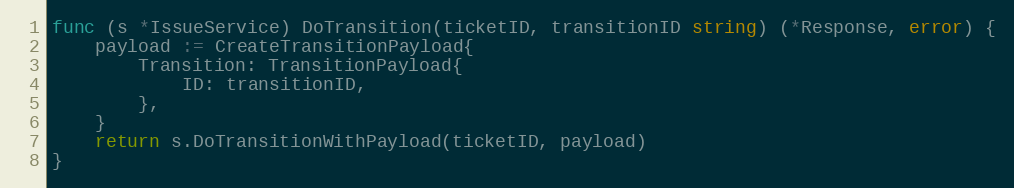
Language: Go
func (s *IssueService) DoTransition(ticketID, transitionID string) (*Response, error) {
	payload := CreateTransitionPayload{
		Transition: TransitionPayload{
			ID: transitionID,
		},
	}
	return s.DoTransitionWithPayload(ticketID, payload)
}